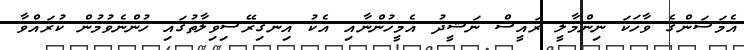
އެމަސަންގެ ވާހަކަ ނިންމާލީ ރައީސް ނަޝީދު އެމީހުންނާއި އެކު އިނގިރޭސިވިލާތުގައި ހުންނެވުމުން ކުރައްވާ